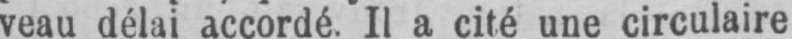
veau délai accordé. Il a cité une circulaire